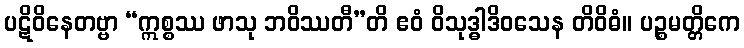
ပဋိဝိနေတဗ္ဗာ “ဣစ္စဿ ဖာသု ဘဝိဿတီ”တိ ဧဝံ ဝိသုဒ္ဓါဒိဝသေန တိဝိဓံ။ ပဉ္စမတ္တိကေ